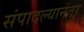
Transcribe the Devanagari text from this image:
संपादल्यानंतर